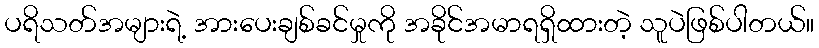
ပရိသတ်အများရဲ့ အားပေးချစ်ခင်မှုကို အခိုင်အမာရရှိထားတဲ့ သူပဲဖြစ်ပါတယ်။